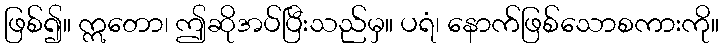
ဖြစ်၍။ ဣတော၊ ဤဆိုအပ်ပြီးသည်မှ။ ပရံ၊ နောက်ဖြစ်သောစကားကို။